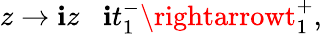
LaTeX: z\rightarrow\mathbf{i}z\; \; \; \mathbf{i}t_{1}^{-}\rightarrowt_{1}^{+},